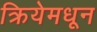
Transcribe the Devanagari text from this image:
क्रियेमधून